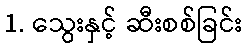
1. သွေးနှင့် ဆီးစစ်ခြင်း